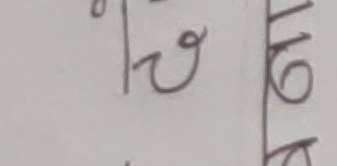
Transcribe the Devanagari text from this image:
छ ।198